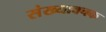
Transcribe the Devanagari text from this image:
संख्यावचक